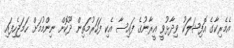
އެމެރިކާގެ އޮފިޝަލަކު ވިދާޅުވީ އީރާނުގެ ފައިސާ އެކި ފަހަރުމަތިން ދޫކޮށް ނިންމުމަށް ހަމަޖެހިފައި